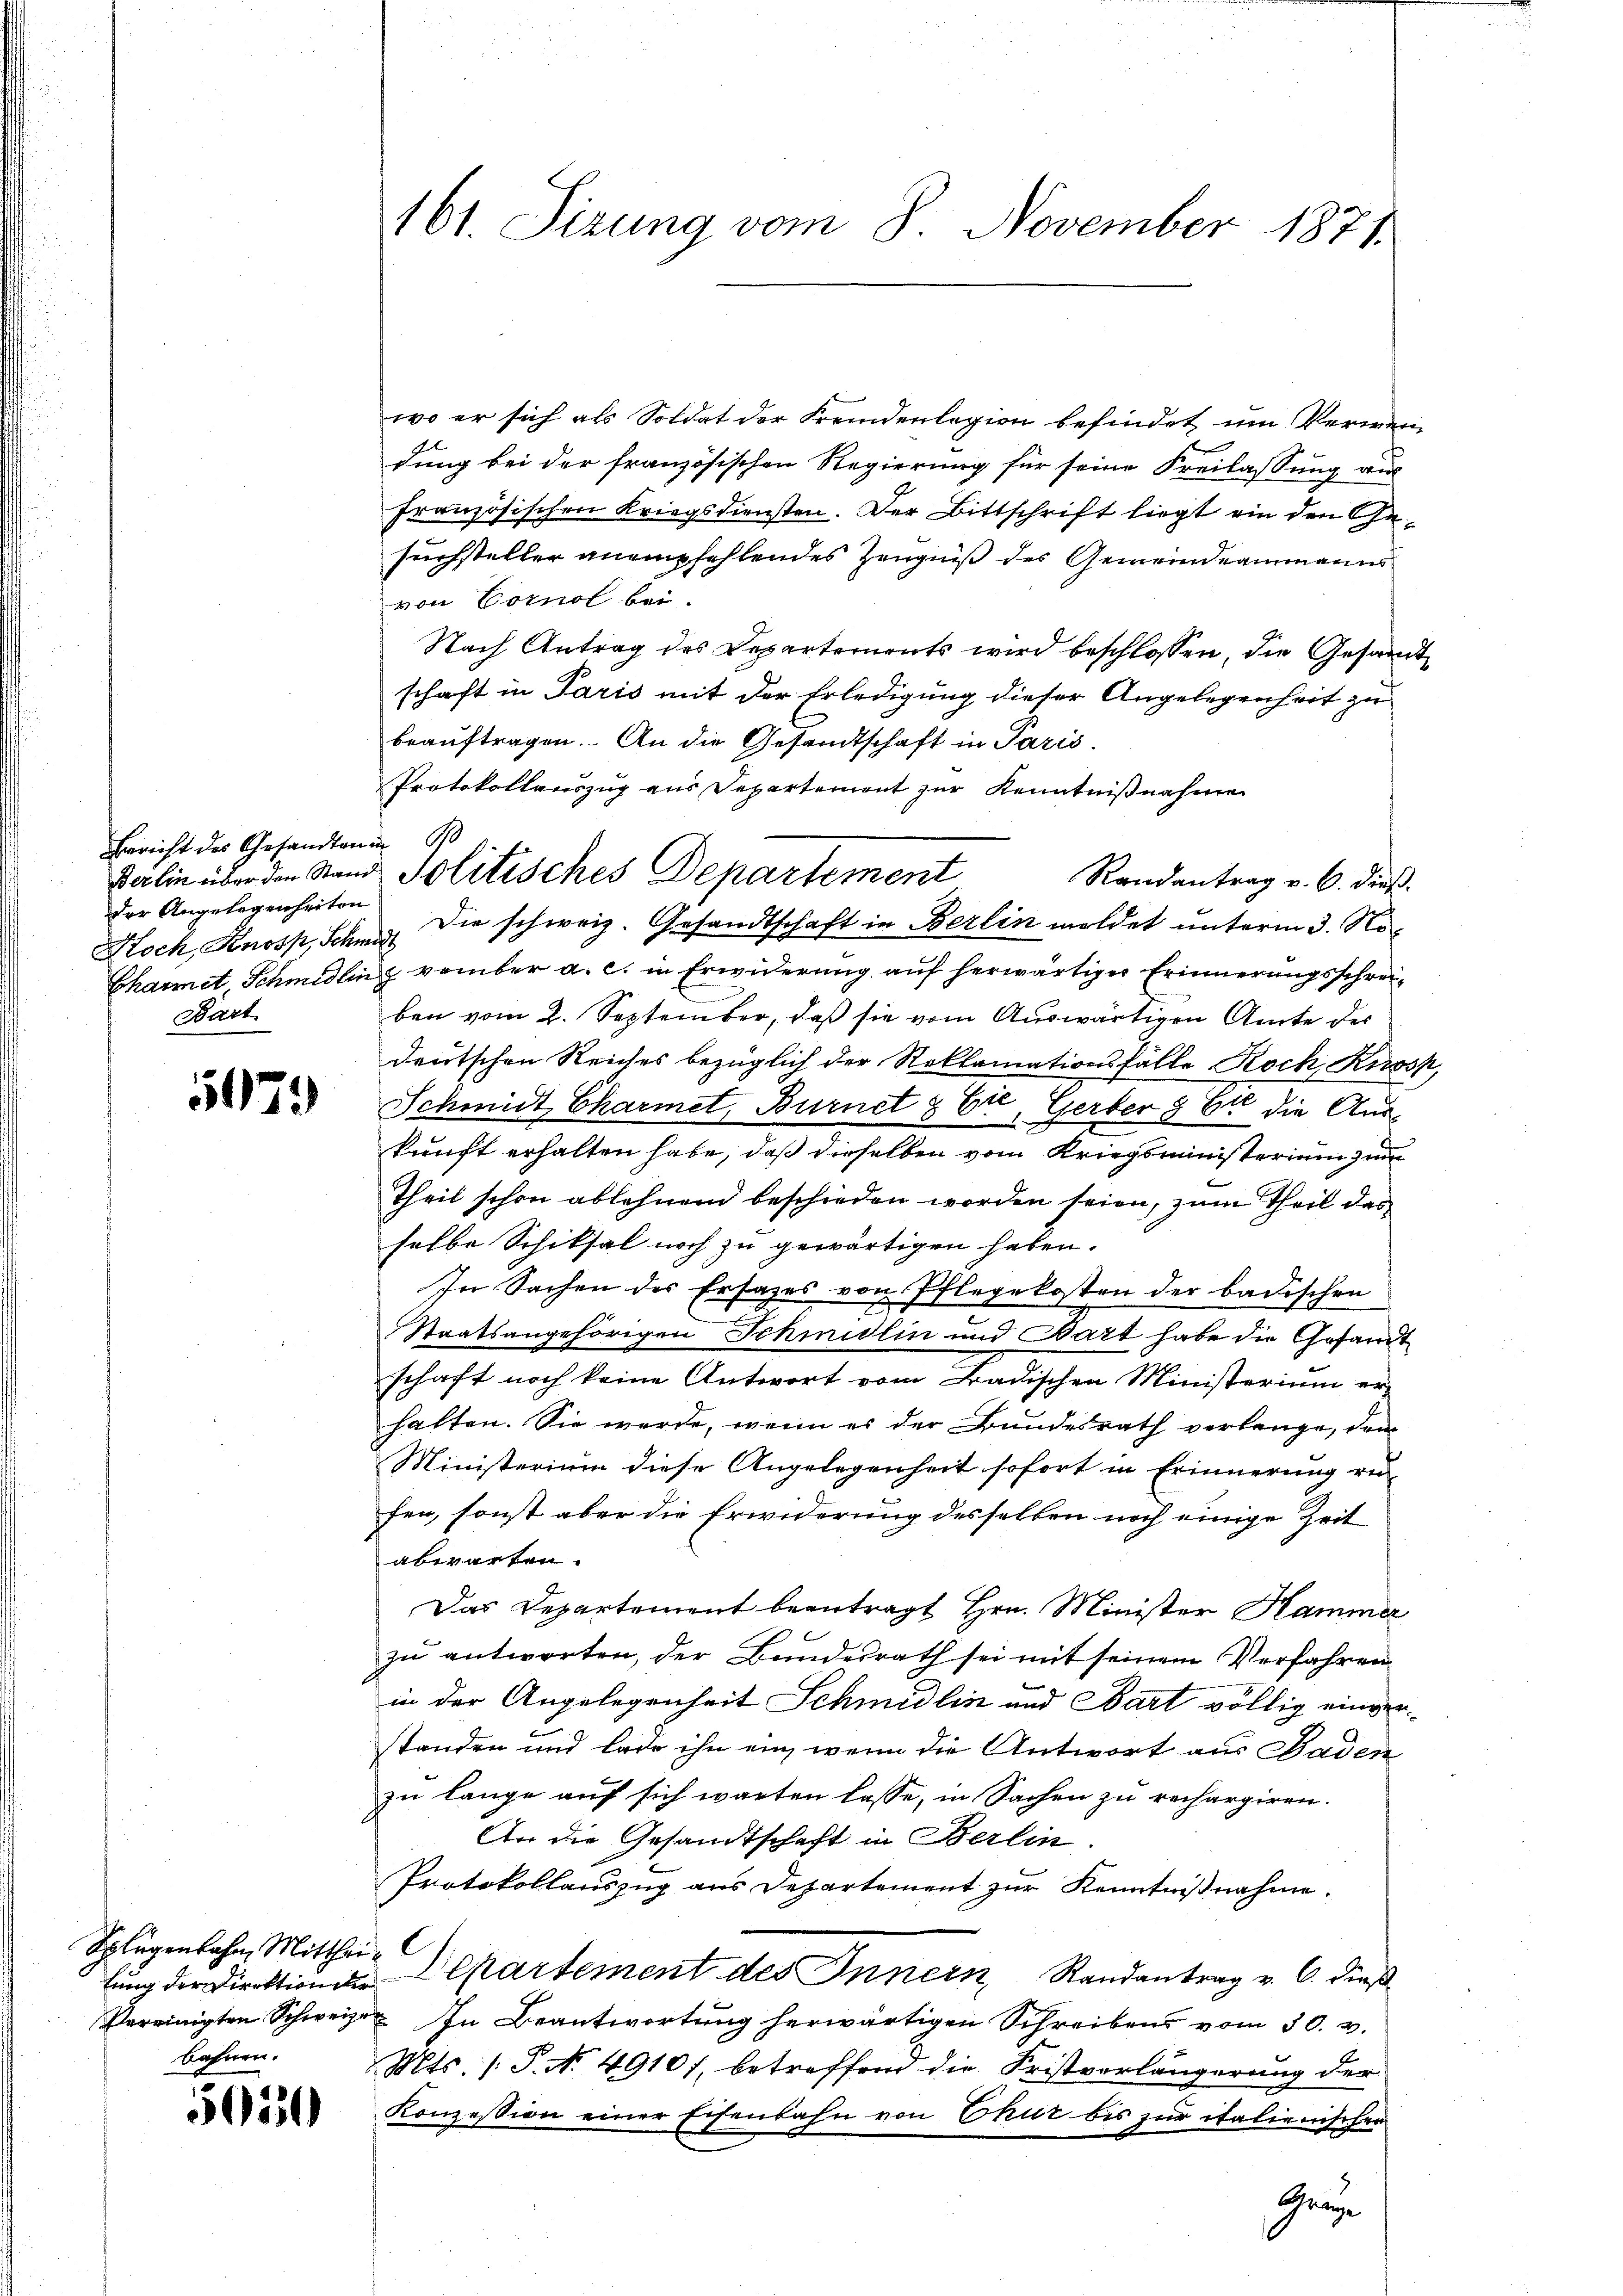
Bericht des Gesandten B
der Angelegenheiten
Bart

5179

Splügenbahn, Mitthei-

bahnen.
505

wo er sich als Soldat der Fremdenlegion befindet um Vermen-
dung bei der französischen Regierung für seine Freilassung aus
französischen Kriegsdiensten. Der Bittschrift liegt ein den Gesuchsteller anempfehlendes Zeugniß des Gemeindeammanns
von Cornol bei.
Nach Antrag des Departements wird beschlossen, die Gesamt
schaft in Paris mit der Erledigung dieser Angelegenheit zu
beauftragen. An die Gesandtschaft in Paris
Protokollauszug aus Departemont zur Kenntnißnahme
Koch, Knosp, Schne die schweiz. Gesandtschaft in Berlin meldet unterm 3. No¬
Charmit Schmidlin & vember a. c. in Erwiderung auf herwärtiger Erinnerungsschreiben vom 2. September, daß sie vom Auswärtigen Amte des
deutschen Reiches bezüglich der Reklamationsfälle Rock Kiosz,
Schmidt Charmet, Burnet & Et, Gerber § 6t die Aus-
kunft erhalten habe, daß dieselben vom Kriegsministerium zum
Theil schon ablehnend beschieden worden seien, zum Theil das
selbe Schiksal noch zu gewärtigen haben.
In Sachen des Ersatzes von Pflegekosten der badischen
2
Staatsangehörigen Schmidlin und Bart habe die Gesandt
schaft noch keine Antwort vom Badischen Ministerium er-
halten. Sie werde, wenn es der Bundesrath verlange, dem
Ministerium diese Angelegenheit sofort in Erinnerung re
fen, sonst aber die Erwiderung desselben noch einige Zeit
abwarten.
Das Departement beantragt Hrn. Minister Hamme
zu antworten, der Bundesrath sei mit seinem Verfahren
in der Angelegenheit Schmidlin und Bart völlig einverstanden und Lade ihn ein, wenn die Antwort aus Baden
zu lange auf sich warten lasse, in Sachen zu rechargiren.
An die Gesandtschaft in Berlin
Protokollauszug aus Departement zur Kenntnißnahme.
lung der Direktion der Departement des Innern, Randantrag v. 6. dieß
Vereinigten Schweizer. In Beantwortung herwärtigen Schreibens vom 30. v.
Mts. (T. N. 49101, betreffend die Fristverlängerung der
Konzession einer Eisenbahn von Chur bis zur italienischen
Gränze

161. Sizung vom 8 November 1871

Berlin über den Stand Politisches Departement Randantrag v. 6. dieβ.